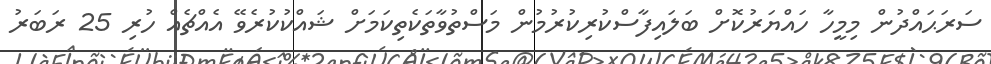
ސަރަޙައްދުން މިމީހާ ހައްޔަރުކޮށް ބަލައިފާސްކުރިކުރުމުން މަސްތުވާތަކެތިކަމަށް ޝައްކުކުރެވޭ އެއްޗެއް ހުރި 25 ރަބަރު